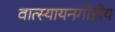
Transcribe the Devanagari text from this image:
वात्स्यायनगोत्रीय